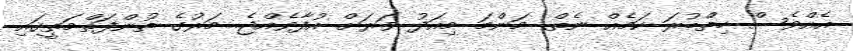
އެއްވެސް ހިތްބުރަ ކަމެއް ނެތް. މަންމަ މިއަދު ވަރަށް އުފާވެއްޖެ. މަރުގެ ތުންފަތްމަތީގައި